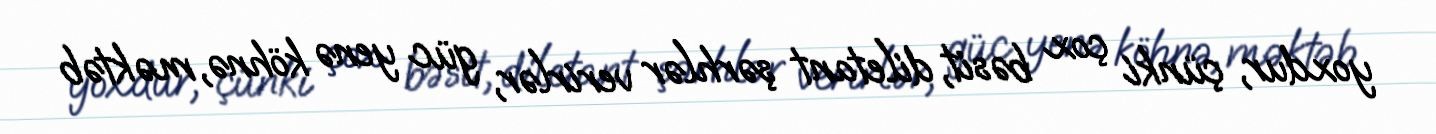
yoxdur, çünki çox bəsit, diletant şərhlər verirlər, güc yenə köhnə, məktəb